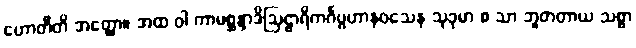
ဟောတီတိ အတ္ထော။ အထ ဝါ ကာမစ္ဆန္ဒာဒိဩဠာရိကင်္ဂပ္ပဟာနဝသေန သုခုမာ စ သာ ဘူတတာယ သစ္စာ